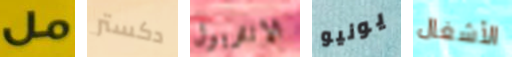
مل دكستر الانتربول يونيو الأشغال